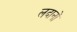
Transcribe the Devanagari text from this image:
लदानों